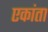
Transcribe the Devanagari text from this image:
एकांता